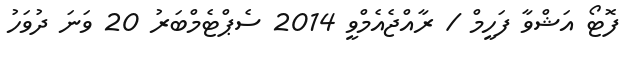
ފޮޓޯ އަޝްވާ ފަހީމް / ރާއްޖެއެމްވީ 2014 ސެޕްޓެމްބަރު 20 ވަނަ ދުވަހު